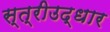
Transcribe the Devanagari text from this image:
स्त्रीउद्धार